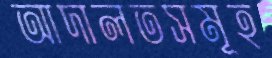
আদালতসমূহ